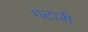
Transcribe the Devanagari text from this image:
गटारी